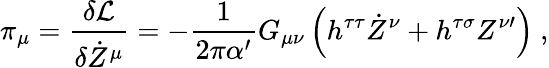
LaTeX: \pi_{\mu}=\frac{\delta\mathcal{L}}{\delta\dot{Z}^{\mu}}=-\frac{1}{2\pi\alpha^{\prime}}G_{\mu\nu}\left(h^{\tau\tau}\dot{Z}^{\nu}+h^{\tau\sigma}Z^{\nu\prime}\right)\ ,